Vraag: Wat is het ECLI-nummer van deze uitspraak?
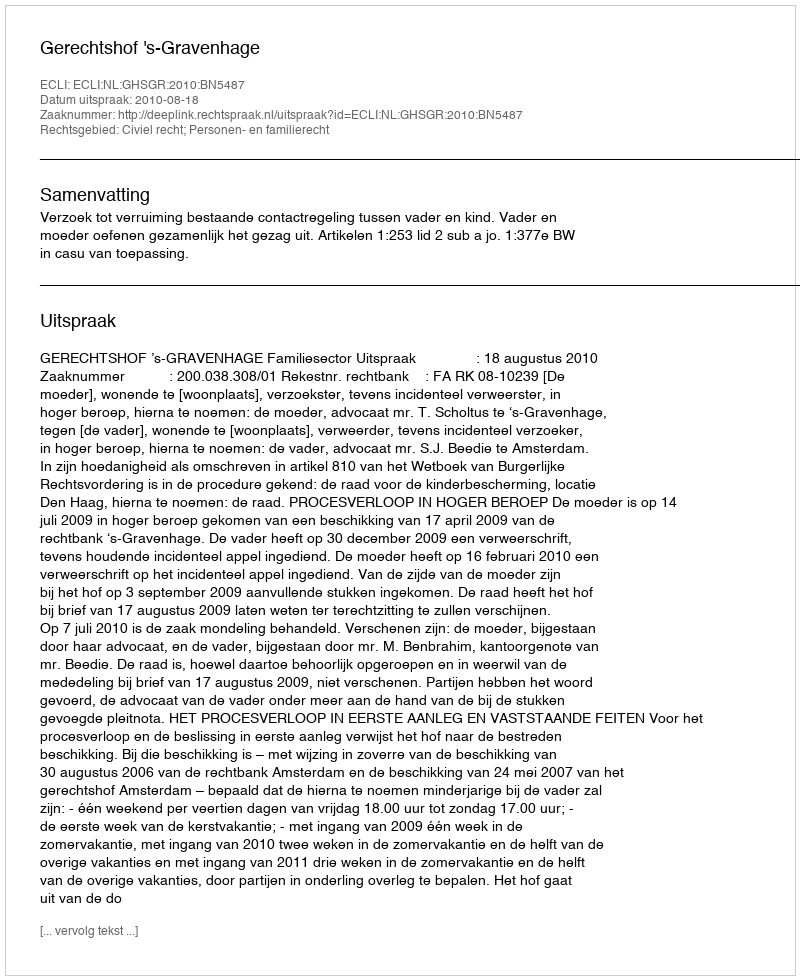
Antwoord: ECLI:NL:GHSGR:2010:BN5487